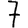
Digit: 7